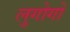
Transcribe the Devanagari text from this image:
लुगोगो